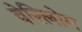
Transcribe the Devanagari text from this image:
वेरिलोग